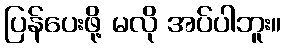
ပြန်ပေးဖို့ မလို အပ်ပါဘူး။